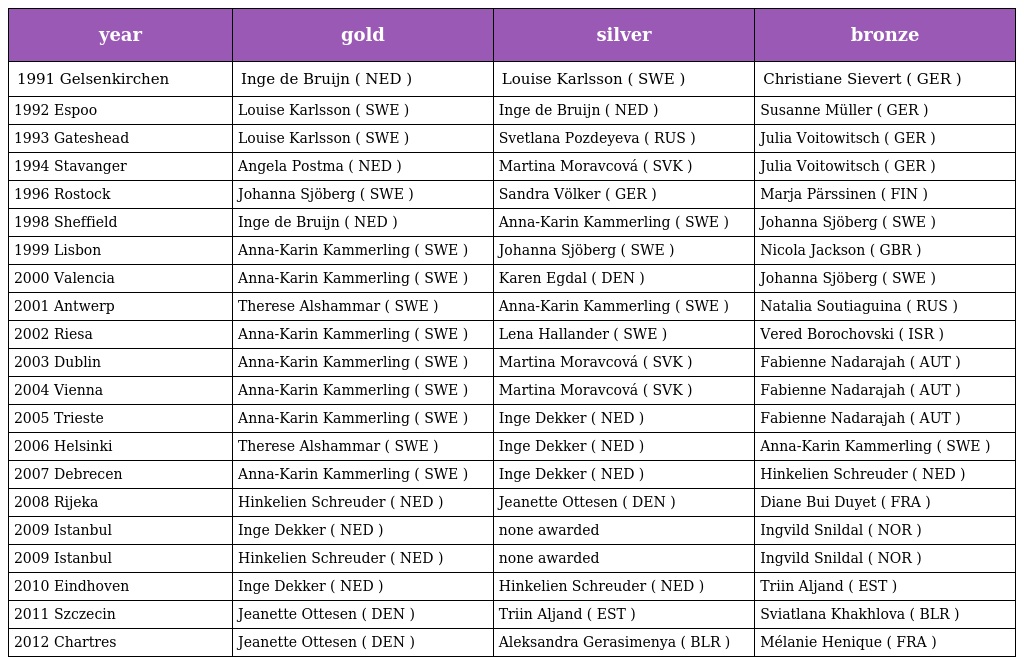
| year | gold | silver | bronze |
 | --- | --- | --- | --- |
 | 1991 Gelsenkirchen | Inge de Bruijn ( NED ) | Louise Karlsson ( SWE ) | Christiane Sievert ( GER ) |
 | 1992 Espoo | Louise Karlsson ( SWE ) | Inge de Bruijn ( NED ) | Susanne Müller ( GER ) |
 | 1993 Gateshead | Louise Karlsson ( SWE ) | Svetlana Pozdeyeva ( RUS ) | Julia Voitowitsch ( GER ) |
 | 1994 Stavanger | Angela Postma ( NED ) | Martina Moravcová ( SVK ) | Julia Voitowitsch ( GER ) |
 | 1996 Rostock | Johanna Sjöberg ( SWE ) | Sandra Völker ( GER ) | Marja Pärssinen ( FIN ) |
 | 1998 Sheffield | Inge de Bruijn ( NED ) | Anna-Karin Kammerling ( SWE ) | Johanna Sjöberg ( SWE ) |
 | 1999 Lisbon | Anna-Karin Kammerling ( SWE ) | Johanna Sjöberg ( SWE ) | Nicola Jackson ( GBR ) |
 | 2000 Valencia | Anna-Karin Kammerling ( SWE ) | Karen Egdal ( DEN ) | Johanna Sjöberg ( SWE ) |
 | 2001 Antwerp | Therese Alshammar ( SWE ) | Anna-Karin Kammerling ( SWE ) | Natalia Soutiaguina ( RUS ) |
 | 2002 Riesa | Anna-Karin Kammerling ( SWE ) | Lena Hallander ( SWE ) | Vered Borochovski ( ISR ) |
 | 2003 Dublin | Anna-Karin Kammerling ( SWE ) | Martina Moravcová ( SVK ) | Fabienne Nadarajah ( AUT ) |
 | 2004 Vienna | Anna-Karin Kammerling ( SWE ) | Martina Moravcová ( SVK ) | Fabienne Nadarajah ( AUT ) |
 | 2005 Trieste | Anna-Karin Kammerling ( SWE ) | Inge Dekker ( NED ) | Fabienne Nadarajah ( AUT ) |
 | 2006 Helsinki | Therese Alshammar ( SWE ) | Inge Dekker ( NED ) | Anna-Karin Kammerling ( SWE ) |
 | 2007 Debrecen | Anna-Karin Kammerling ( SWE ) | Inge Dekker ( NED ) | Hinkelien Schreuder ( NED ) |
 | 2008 Rijeka | Hinkelien Schreuder ( NED ) | Jeanette Ottesen ( DEN ) | Diane Bui Duyet ( FRA ) |
 | 2009 Istanbul | Inge Dekker ( NED ) | none awarded | Ingvild Snildal ( NOR ) |
 | 2009 Istanbul | Hinkelien Schreuder ( NED ) | none awarded | Ingvild Snildal ( NOR ) |
 | 2010 Eindhoven | Inge Dekker ( NED ) | Hinkelien Schreuder ( NED ) | Triin Aljand ( EST ) |
 | 2011 Szczecin | Jeanette Ottesen ( DEN ) | Triin Aljand ( EST ) | Sviatlana Khakhlova ( BLR ) |
 | 2012 Chartres | Jeanette Ottesen ( DEN ) | Aleksandra Gerasimenya ( BLR ) | Mélanie Henique ( FRA ) |